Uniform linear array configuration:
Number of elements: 48
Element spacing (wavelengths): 1
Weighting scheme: uniform
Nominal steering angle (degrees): -15
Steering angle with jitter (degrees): -15.549
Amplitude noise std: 0.05
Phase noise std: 0.05

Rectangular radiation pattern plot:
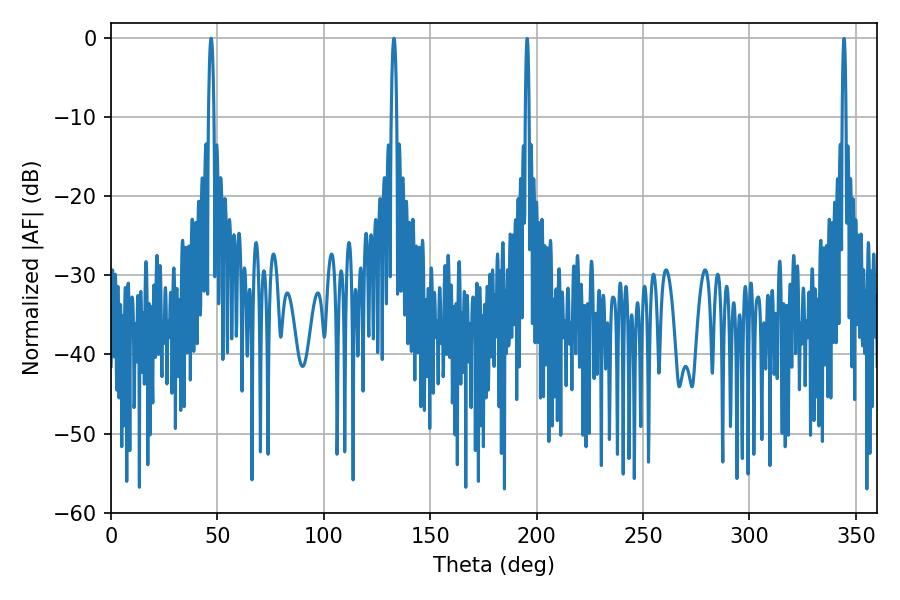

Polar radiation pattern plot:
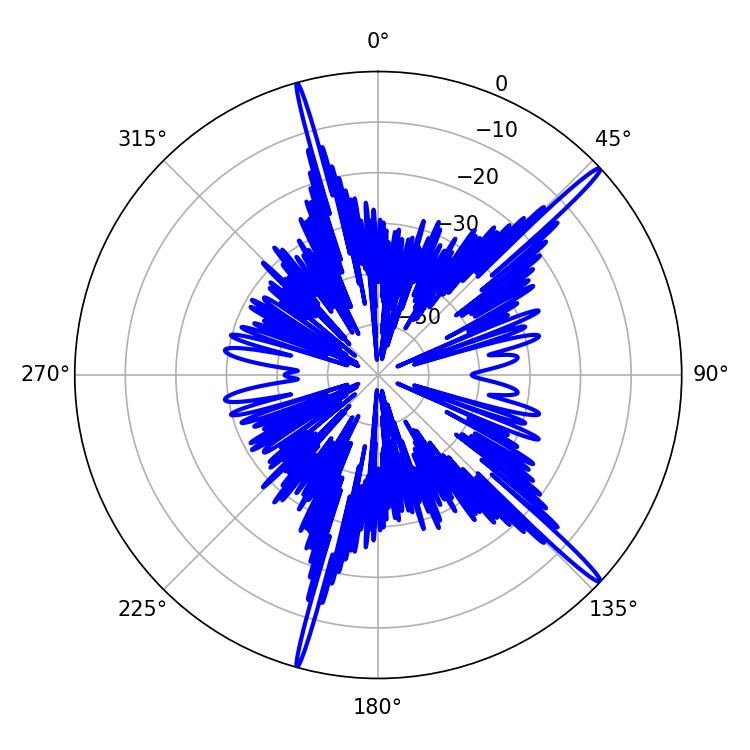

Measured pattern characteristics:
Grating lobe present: TRUE
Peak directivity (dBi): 17.813
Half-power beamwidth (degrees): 1.26
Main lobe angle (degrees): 133.02